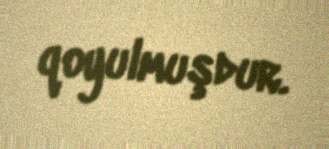
qoyulmuşdur.